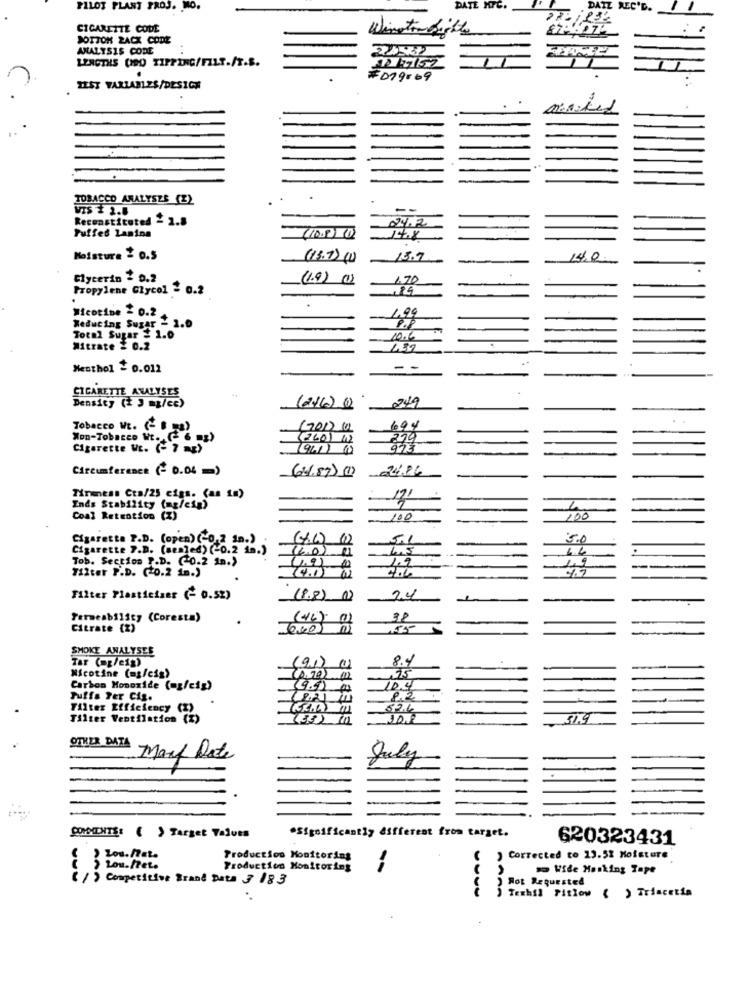
PILOT PLANT PROJ. MO.
DATE MIG.
REC'D
28
CIGARETTE CODE
Winston bitte
DOTTOR ZACK CODE
ANALYSIS CODE
LENGTHS (HDD TIPPING/FILT./T.S.
#019069
TEST VARIABLES/DESIGN
TOBACCO ANALYSES (Z)
VIS $ 2.8
--
Reconstituted 2 2.8
Puffed Lamina
14.8
Moisture 2 0.5
(13.7) ()
18.7
Glycerin 2 0.2
(1.9) (1)
1.70
Propylene Glycol = 0.2
Nicotine = 0.2
1.99
Weducing Sugar - 1.0
Total Sugar = 1.0
10.6
Mitrate = 0.2
1.39
Mesthol = 0.012
- -
CIGARETTE ANALYSES
Density (+ 3 mg/cc)
249
Tobacco Wt. (- B 2)
(2017 1
694
Won-Tobacco Wt. 6
(260) 12
279
Cigarette WE. (- 7 mg)
Circumference (- 0.04 =)
(4.87) (1)
24.86
Tirmness Cta/25 cigs. (as 1m)
Inds Stability (mg/cip)
Coal Retention (X)
100
100
Cigarette P.D. (open) (-0.2 in.)
5.0
Cigarette 7.D. (sealed) (-0.2 in.)
(4.0)
4,5
Tob. Section P.D. (0.2 In.)
1.2
7.7
Filter P.D. (+0.2 in.)
4.6
Filter Plasticians (- 0.52)
(8.8)
2.4
Permeability (Coresta)
38
Citrate (2)
040
SMOKE ANALYSEE
Tar (ap/eig)
84
(91) (0)
Nicotine (mg/cis)
.15
Carbon Monoxide (mg/cig)
10.4
Puffa Per Cis.
Filter Efficiency
82.6
Tilter Ventilation (
(382 111
51.4
OTHER DATA
Mart Date
July
COMMENTS: ( ) Target Values
*Significantly different from target.
620323431
Lou.net.
Production Monitoring
) Corrected to 13.52 Moisture
› Lou./Pet.
Production Monitoring
Wide Masking Tape
(1) Competitive Brand Data 3 183
Rot Requested
) Temhil Pitlow ( ) Triacetia